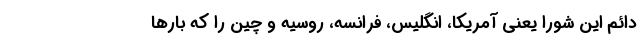
دائم این شورا یعنی آمریکا، انگلیس، فرانسه، روسیه و چین را که بارها